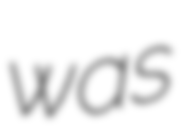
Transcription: was